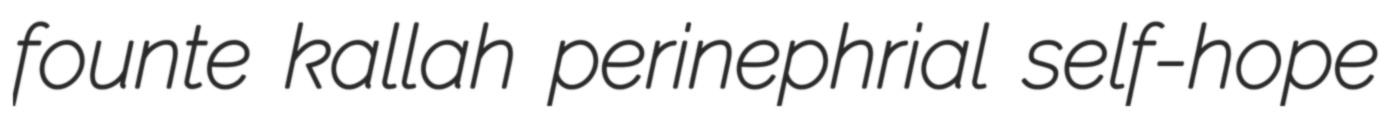
founte kallah perinephrial self-hope